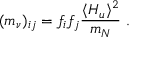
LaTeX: ( m _ { \nu } ) _ { i j } = f _ { i } f _ { j } { \frac { \langle H _ { u } \rangle ^ { 2 } } { m _ { N } } } ~ .